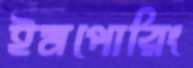
ইমপোরিং